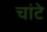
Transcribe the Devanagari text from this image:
चांटे